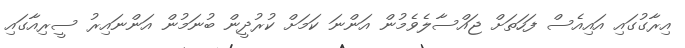
އިރާގުގައި އައިއެސް ފަހަތަށް ޖައްސާލެވެމުން އަންނަ ކަމަށް ކުރުދީން ބުނަމުން އަންނައިރު ސީރިއާގައި